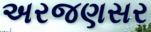
અરજણસર